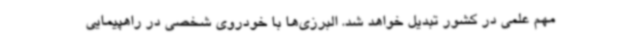
مهم علمی در کشور تبدیل خواهد شد. البرزی‌ها با خودروی شخصی در راهپیمایی